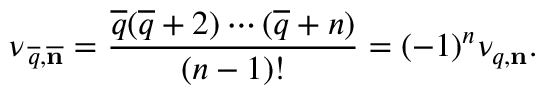
\nu _ { \, \overline { { q } } , \overline { { { \bf n } } } } = { \frac { \overline { { q } } ( \overline { { q } } + 2 ) \cdots ( \overline { { q } } + n ) } { ( n - 1 ) ! } } = ( - 1 ) ^ { n } \nu _ { q , { \bf n } } .